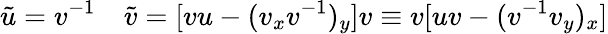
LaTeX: \tilde{u}=v^{-1}\quad\tilde{v}=[vu-(v_{x}v^{-1})_{y}]v\equiv v[uv-(v^{-1}v_{y})_{x}]